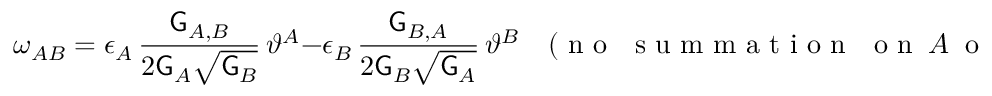
\omega _ { A B } = \epsilon _ { A } \, \frac { \mathsf { G } _ { A , B } } { 2 \mathsf { G } _ { A } \sqrt { \mathsf { G } _ { B } } } \, \vartheta ^ { A } - \epsilon _ { B } \, \frac { \mathsf { G } _ { B , A } } { 2 \mathsf { G } _ { B } \sqrt { \mathsf { G } _ { A } } } \, \vartheta ^ { B } \quad ( \mathrm { ~ n ~ o ~ ~ ~ s ~ u ~ m ~ m ~ a ~ t ~ i ~ o ~ n ~ ~ ~ o ~ n ~ } ~ A ~ \mathrm { ~ o ~ r ~ } ~ B ) \, .